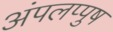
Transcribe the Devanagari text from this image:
अंपलप्पुष